Civil Veterinary Department. United Provinces 1932-42 - 1932-1942
Year: 1932
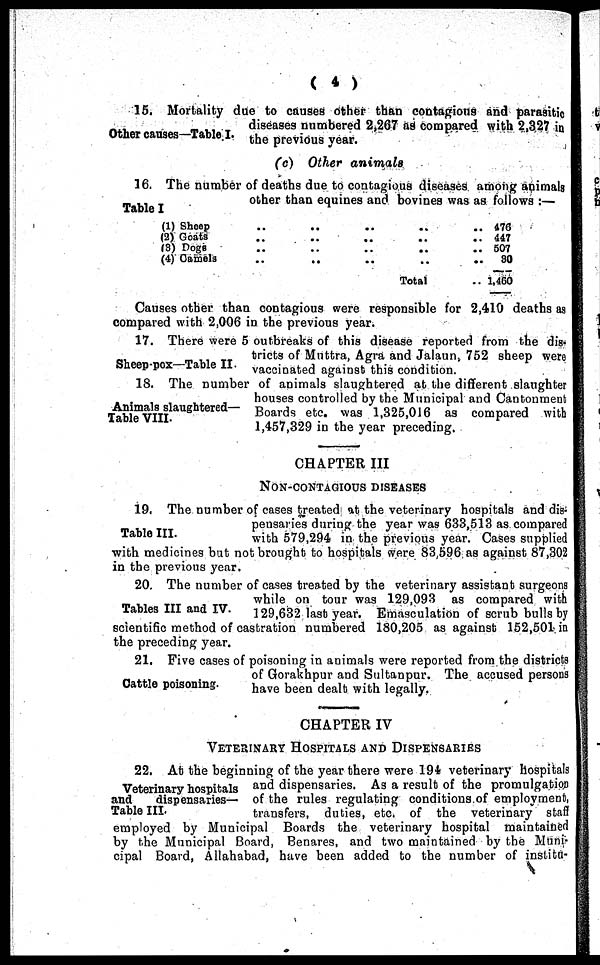
(4)
Other causes—Table I.
15. Mortality due to causes other than contagions and parasitic
diseases numbered 2,267 as compared with 2,327 in
the previous year.
(c) Other animals
Table I
16. The number of deaths due to contagious diseases among animals
other than equines and bovines was as follows :—
(1) Sheep .. .. .. .. ..
(2) Goats .. .. .. .. ..
(3) Dogs .. .. .. .. ..
(4) Camels .. .. .. .. ..
Total .. .. .. .. ..
476
447
507
30
1,460
Causes other than contagious were responsible for 2,410 deaths as
compared with 2,006 in the previous year.
Sheep-pox—Table II.
17. There were 5 outbreaks of this disease reported from the dis-
tricts of Muttra, Agra and Jalaun, 752 sheep were
vaccinated against this condition.
Animals slaughtered—
Table VIII.
18. The number of animals slaughtered at the different slaughter
houses controlled by the Municipal and Cantonment
Boards etc. was 1,325,016 as compared with
1,457,329 in the year preceding.
CHAPTER III
NON-CONTAGIOUS
DISEASES
Table III.
19. The number of cases treated at the veterinary hospitals and dis-
pensaries during the year was 633,513 as compared
with 579,294 in the previous year. Cases supplied
with medicines but not brought to hospitals were 83,596 as against 87,302
in the previous year.
Tables III and IV.
20. The number of cases treated by the veterinary assistant surgeons
while on tour was 129,093 as compared with
129,632 last year. Emasculation of scrub bulls by
scientific method of castration numbered 180,205 as against 152,501 in
the preceding year.
Cattle poisoning.
21. Five cases of poisoning in animals were reported from the districts
of Gorakhpur and Sultanpur. The accused persons
have been dealt with legally.
CHAPTER IV
VETERINARY HOSPITALS AND DISPENSARIES
Veterinary hospitals
and
dispensaries-
Table III.
22. At the beginning of the year there were 194 veterinary hospitals
and dispensaries. As a result of the promulgation
of the rules regulating conditions of employment,
transfers, duties, etc. of the veterinary staff
employed by Municipal Boards the veterinary hospital maintained
by the Municipal Board, Benares, and two maintained by the Muni-
cipal Board, Allahabad, have been added to the number of institu-